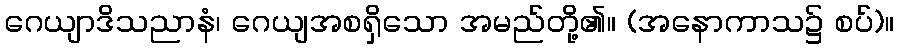
ဂေယျာဒိသညာနံ၊ ဂေယျအစရှိသော အမည်တို့၏။ (အနောကာသ၌ စပ်)။